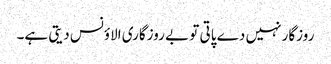
روزگار نہیں دے پاتی تو بے روزگاری الاؤنس دیتی ہے۔